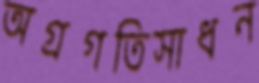
অগ্রগতিসাধন